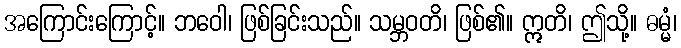
အကြောင်းကြောင့်။ ဘဝေါ၊ ဖြစ်ခြင်းသည်။ သမ္ဘဝတိ၊ ဖြစ်၏။ ဣတိ၊ ဤသို့။ ဓမ္မံ၊